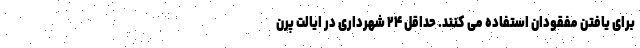
برای یافتن مفقودان استفاده می کنند. حداقل ۲۴ شهرداری در ایالت پرن